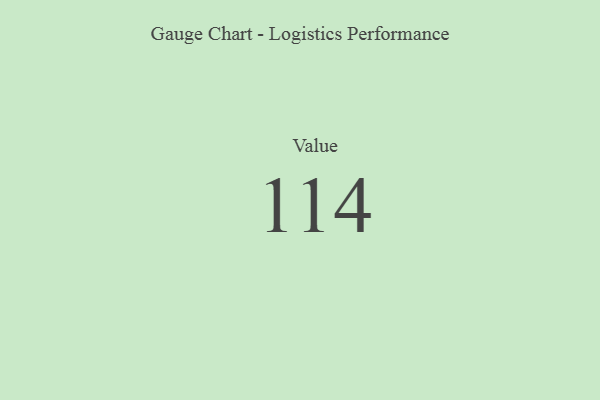
{"axis": {"x": "Metric", "y": "Value"}, "legend": [""], "data": [{"x": "Value", "y": 114, "type": ""}]}